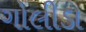
ગોલીડા